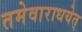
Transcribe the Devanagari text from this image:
तमेवाराधयेत्